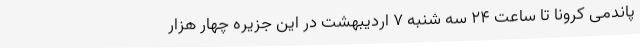
پاندمی کرونا تا ساعت ۲۴ سه شنبه ۷ اردیبهشت در این جزیره چهار هزار